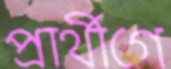
প্রার্থীগে